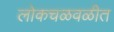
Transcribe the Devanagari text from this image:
लोकचळवळीत